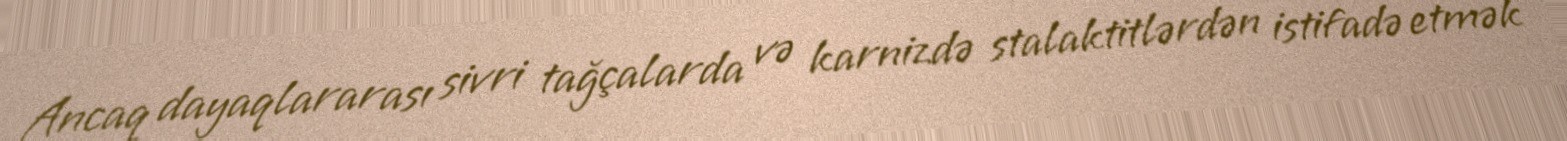
Ancaq dayaqlararası sivri tağçalarda və karnizdə stalaktitlərdən istifadə etmək